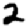
Digit: 2